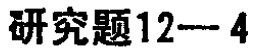
研究题12---4